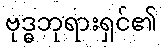
ဗုဒ္ဓဘုရားရှင်၏